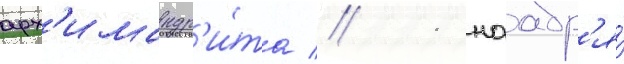
арх'имандр'и́та // 11 ноабр'я́